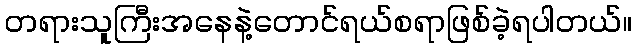
တရားသူကြီးအနေနဲ့တောင်ရယ်စရာဖြစ်ခဲ့ရပါတယ်။